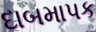
દાબમાપક